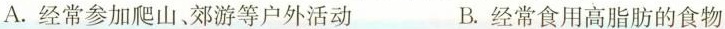
A.经常参加爬山、郊游等户外活动 B.经常食用高脂肪的食物